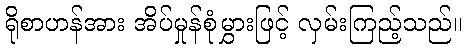
ရိုစာဟန်အား အိပ်မှုန်စုံမွှားဖြင့် လှမ်းကြည့်သည်။